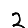
Digit: 2